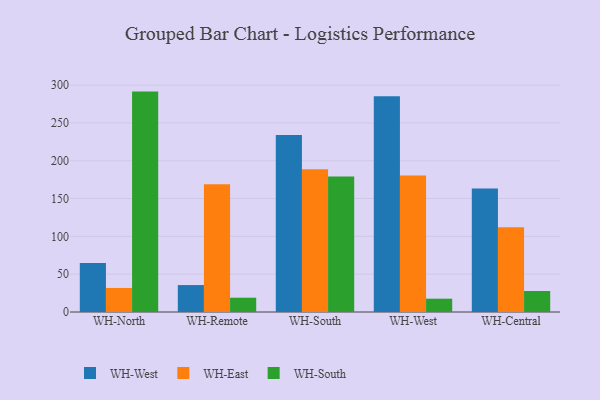
{"axis": {"x": "Warehouse", "y": "Churn Rate (%)"}, "legend": ["WH-East", "WH-South", "WH-West"], "data": [{"x": "WH-North", "y": 64.7, "type": "WH-West"}, {"x": "WH-North", "y": 31.8, "type": "WH-East"}, {"x": "WH-North", "y": 291.4, "type": "WH-South"}, {"x": "WH-Remote", "y": 35.6, "type": "WH-West"}, {"x": "WH-Remote", "y": 168.8, "type": "WH-East"}, {"x": "WH-Remote", "y": 18.9, "type": "WH-South"}, {"x": "WH-South", "y": 233.9, "type": "WH-West"}, {"x": "WH-South", "y": 188.8, "type": "WH-East"}, {"x": "WH-South", "y": 179.1, "type": "WH-South"}, {"x": "WH-West", "y": 285.2, "type": "WH-West"}, {"x": "WH-West", "y": 180.6, "type": "WH-East"}, {"x": "WH-West", "y": 17.6, "type": "WH-South"}, {"x": "WH-Central", "y": 163.3, "type": "WH-West"}, {"x": "WH-Central", "y": 112.2, "type": "WH-East"}, {"x": "WH-Central", "y": 27.8, "type": "WH-South"}]}